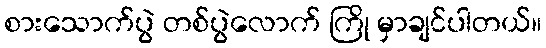
စားသောက်ပွဲ တစ်ပွဲလောက် ကြို မှာချင်ပါတယ်။